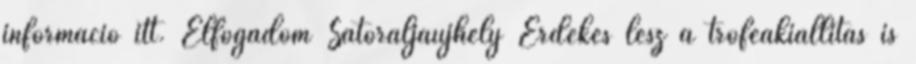
információ itt. Elfogadom Sátoraljaújhely Érdekes lesz a trófeakiállítás is